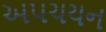
અપચયન